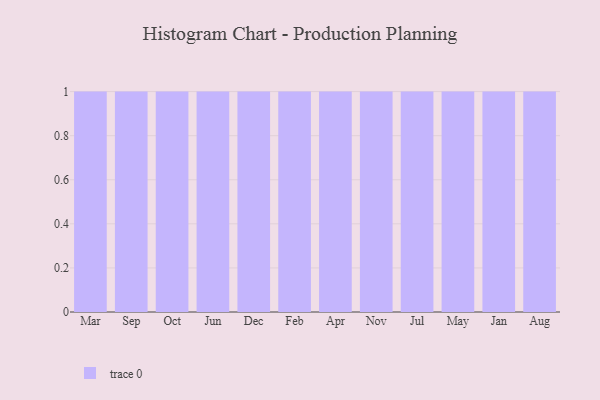
{"axis": {"x": "Month", "y": "Energy Usage (MWh)"}, "legend": [""], "data": [{"x": "Mar", "y": 25, "type": ""}, {"x": "Sep", "y": 82, "type": ""}, {"x": "Oct", "y": 70, "type": ""}, {"x": "Jun", "y": 77, "type": ""}, {"x": "Dec", "y": 55, "type": ""}, {"x": "Feb", "y": 82, "type": ""}, {"x": "Apr", "y": 64, "type": ""}, {"x": "Nov", "y": 62, "type": ""}, {"x": "Jul", "y": 73, "type": ""}, {"x": "May", "y": 79, "type": ""}, {"x": "Jan", "y": 43, "type": ""}, {"x": "Aug", "y": 90, "type": ""}]}